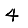
Digit: 4